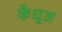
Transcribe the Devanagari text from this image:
केंधूळ